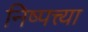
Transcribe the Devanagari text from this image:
निष्पत्त्या